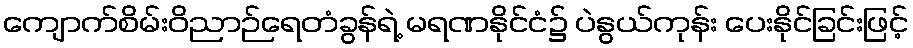
ကျောက်စိမ်းဝိညာဉ်ရေတံခွန်ရဲ့ မရဏနိုင်ငံ၌ ပဲနွယ်ကုန်း ပေးနိုင်ခြင်းဖြင့်